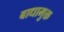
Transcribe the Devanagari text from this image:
बाधामुक्त